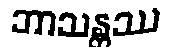
ဘာသန္တဿ